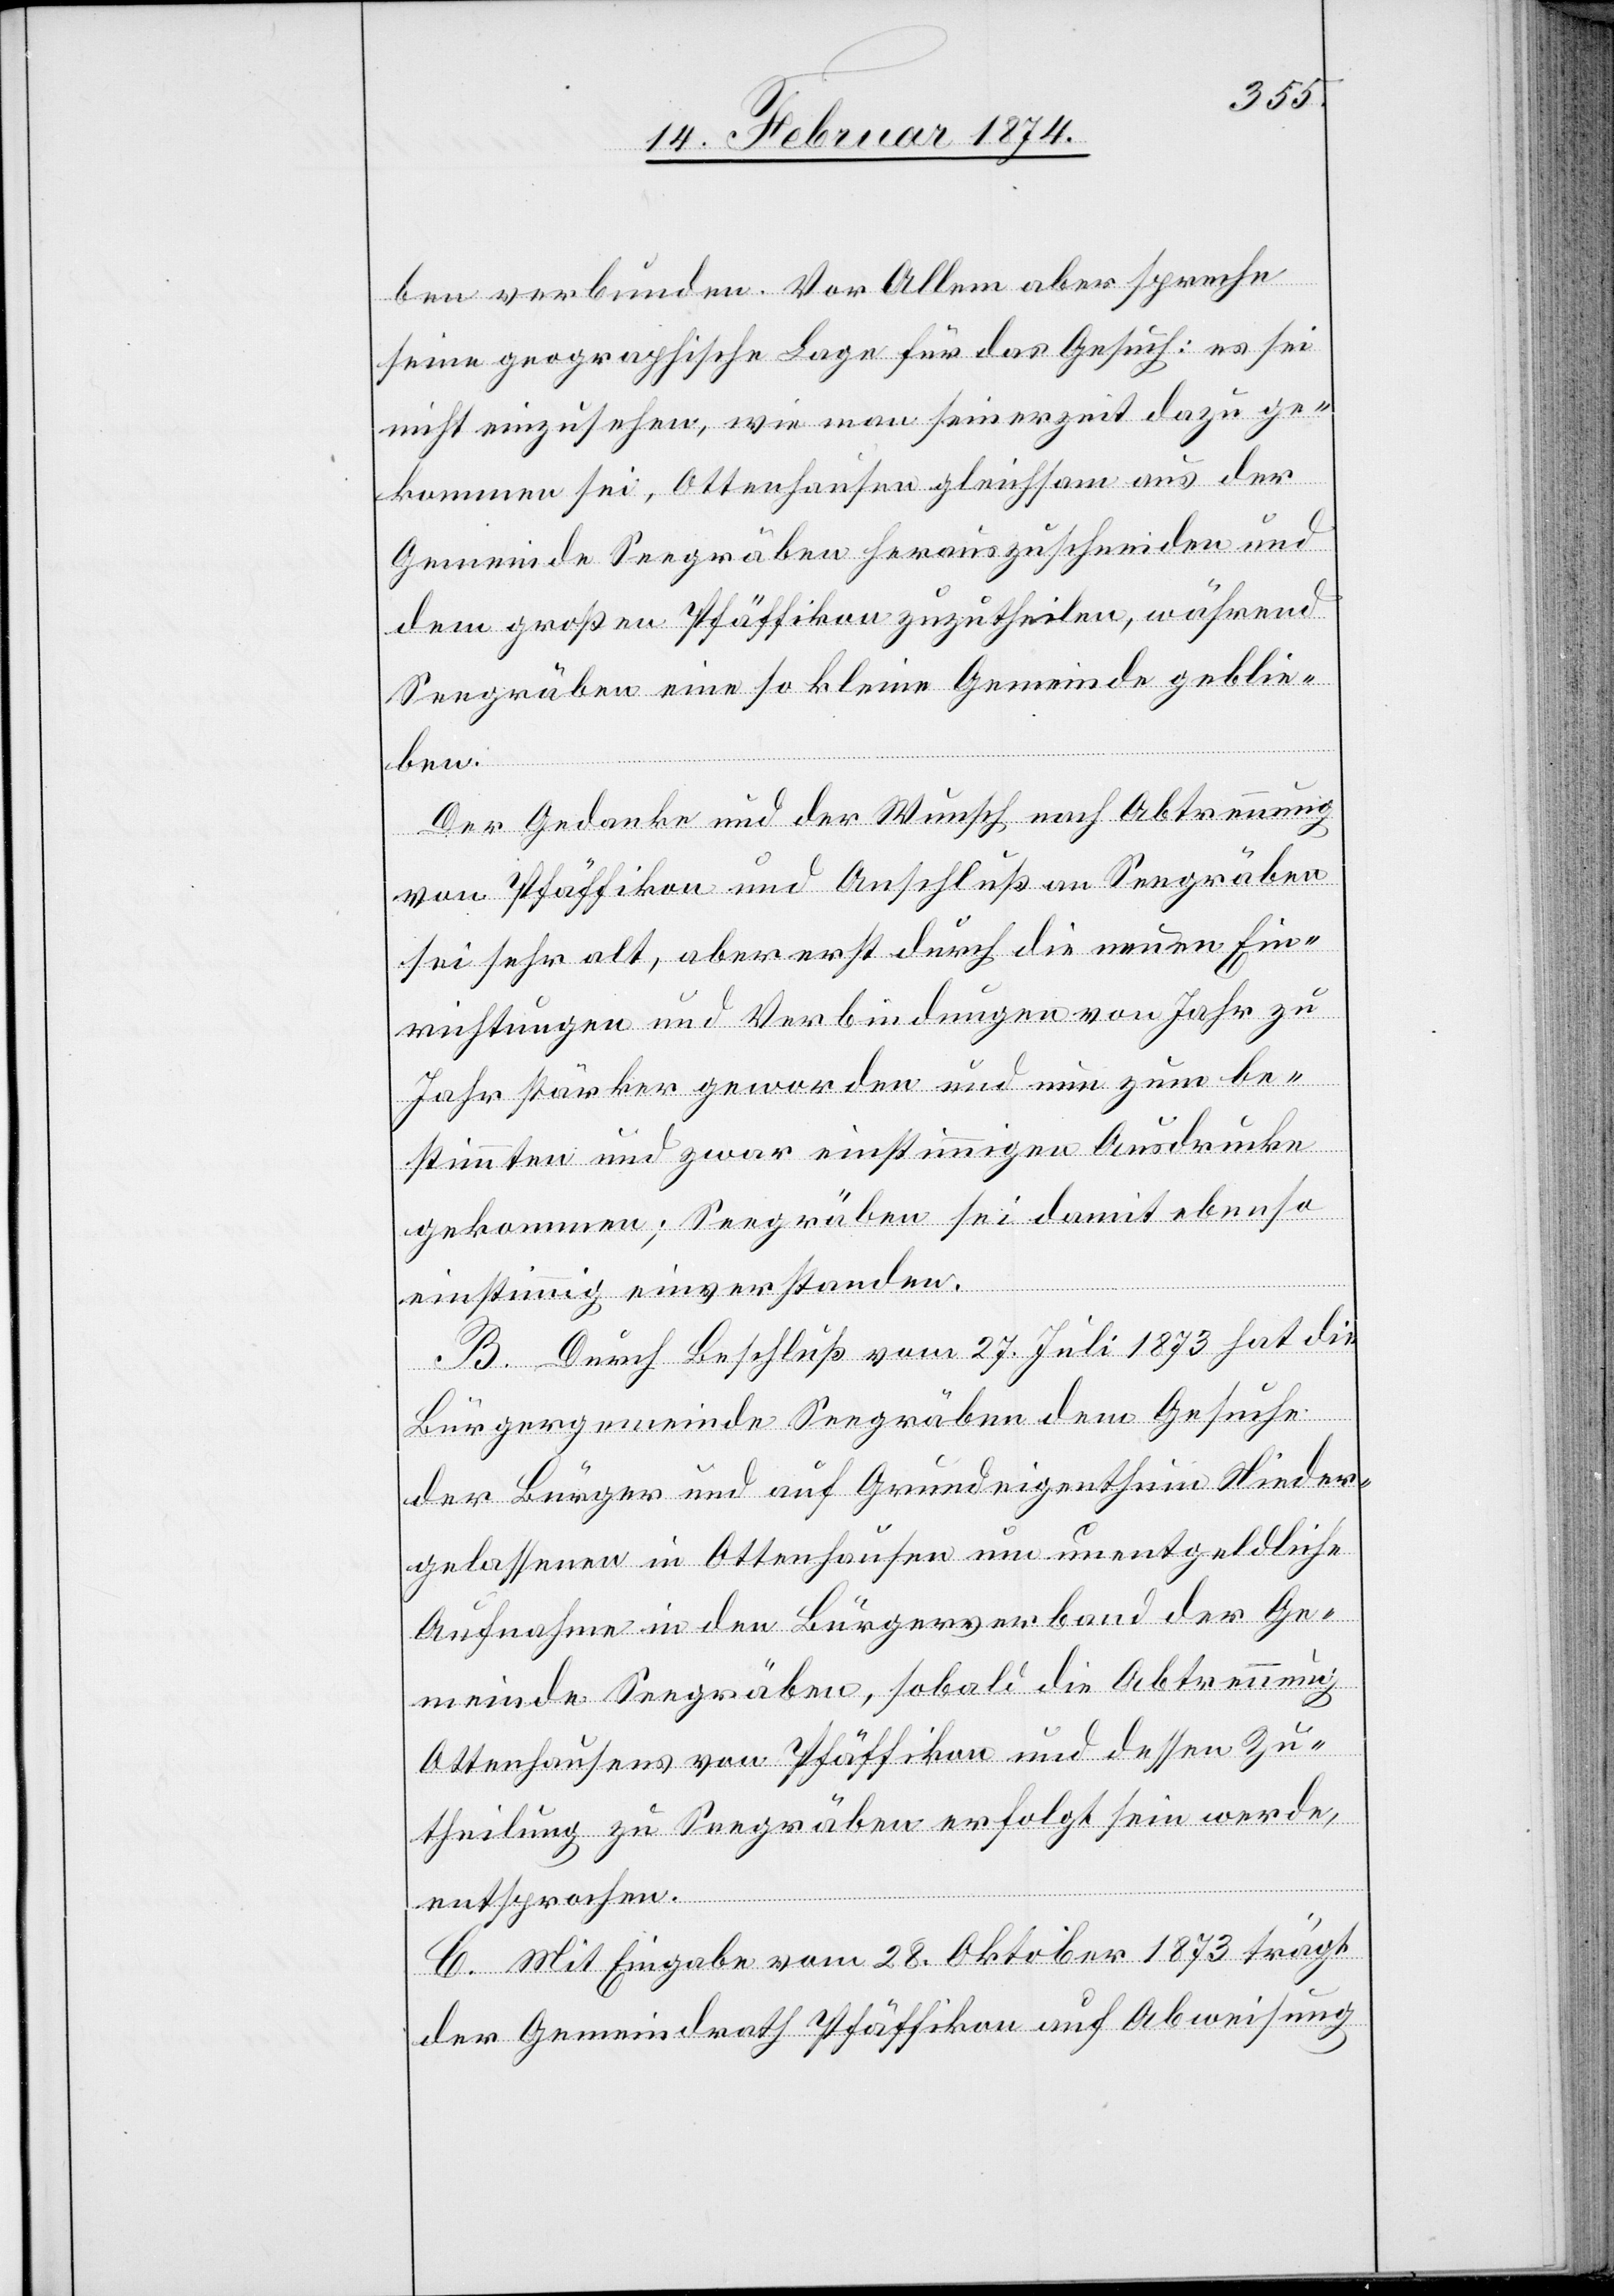
ben verbunden. Vor Allem aber spreche
seine geographische Lage für das Gesuch: es sei
nicht einzusehen, wie man seinerzeit dazu ge¬
kommen sei, Ottenhausen gleichsam aus der
Gemeinde Seegräben herauszuschneiden und
dem großen Pfäffikon zuzutheilen, während
Seegräben eine so kleine Gemeinde geblie¬
ben.
Der Gedanke und der Wunsch nach Abtrennung
von Pfäffikon und Anschluß an Seegräben
sei sehr alt, aber erst durch die neuen Ein¬
richtungen und Verbindungen von Jahr zu
Jahr stärker geworden und nun zum be¬
stimmten und zwar einstimmigen Ausdrucke
gekommen; Seegräben sei damit ebenso
einstimmig einverstanden.
B. Durch Beschluß vom 27. Juli 1873 hat die
Bürgergemeinde Seegräben dem Gesuche
der Bürger und auf Grundeigenthum Nieder¬
gelassenen in Ottenhausen um unentgeldliche
Aufnahme in den Bürgerverband der Ge¬
meinde Seegräben, sobald die Abtrennung
Ottenhausens von Pfäffikon und dessen Zu¬
theilung zu Seegräben erfolgt sein werde,
entsprochen.
C. Mit Eingabe vom 28. Oktober 1873 trägt
der Gemeindrath Pfäffikon auf Abweisung